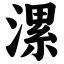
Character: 漯